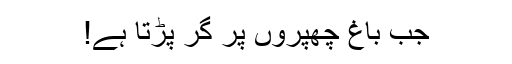
جب باغ چھپروں پر گر پڑتا ہے!